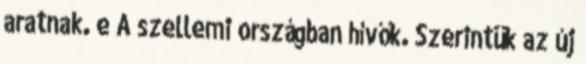
aratnak. e A szellemi országban hívők. Szerintük az új